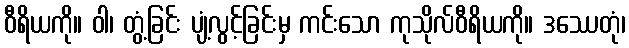
ဝီရိယကို။ ဝါ၊ တွံ့ခြင်း ပျံ့လွင့်ခြင်းမှ ကင်းသော ကုသိုလ်ဝီရိယကို။ ဒဿေတုံ၊